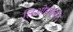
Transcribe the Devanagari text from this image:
लिओपोल्डो